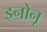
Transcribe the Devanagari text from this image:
इनोनू